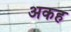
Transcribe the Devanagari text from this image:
अकह